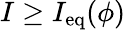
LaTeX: I\geq I_{\mathrm{eq}}(\phi)